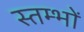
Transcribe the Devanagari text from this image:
स्‍तम्‍भों